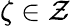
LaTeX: \zeta\in\mathcal{Z}